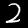
Digit: 2